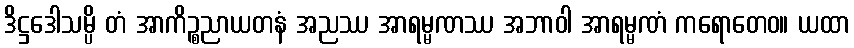
ဒိဋ္ဌဒေါသမ္ပိ တံ အာကိဉ္စညာယတနံ အညဿ အာရမ္မဏဿ အဘာဝါ အာရမ္မဏံ ကရောတေဝ။ ယထာ